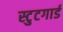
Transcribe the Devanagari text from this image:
स्टुटगार्ड